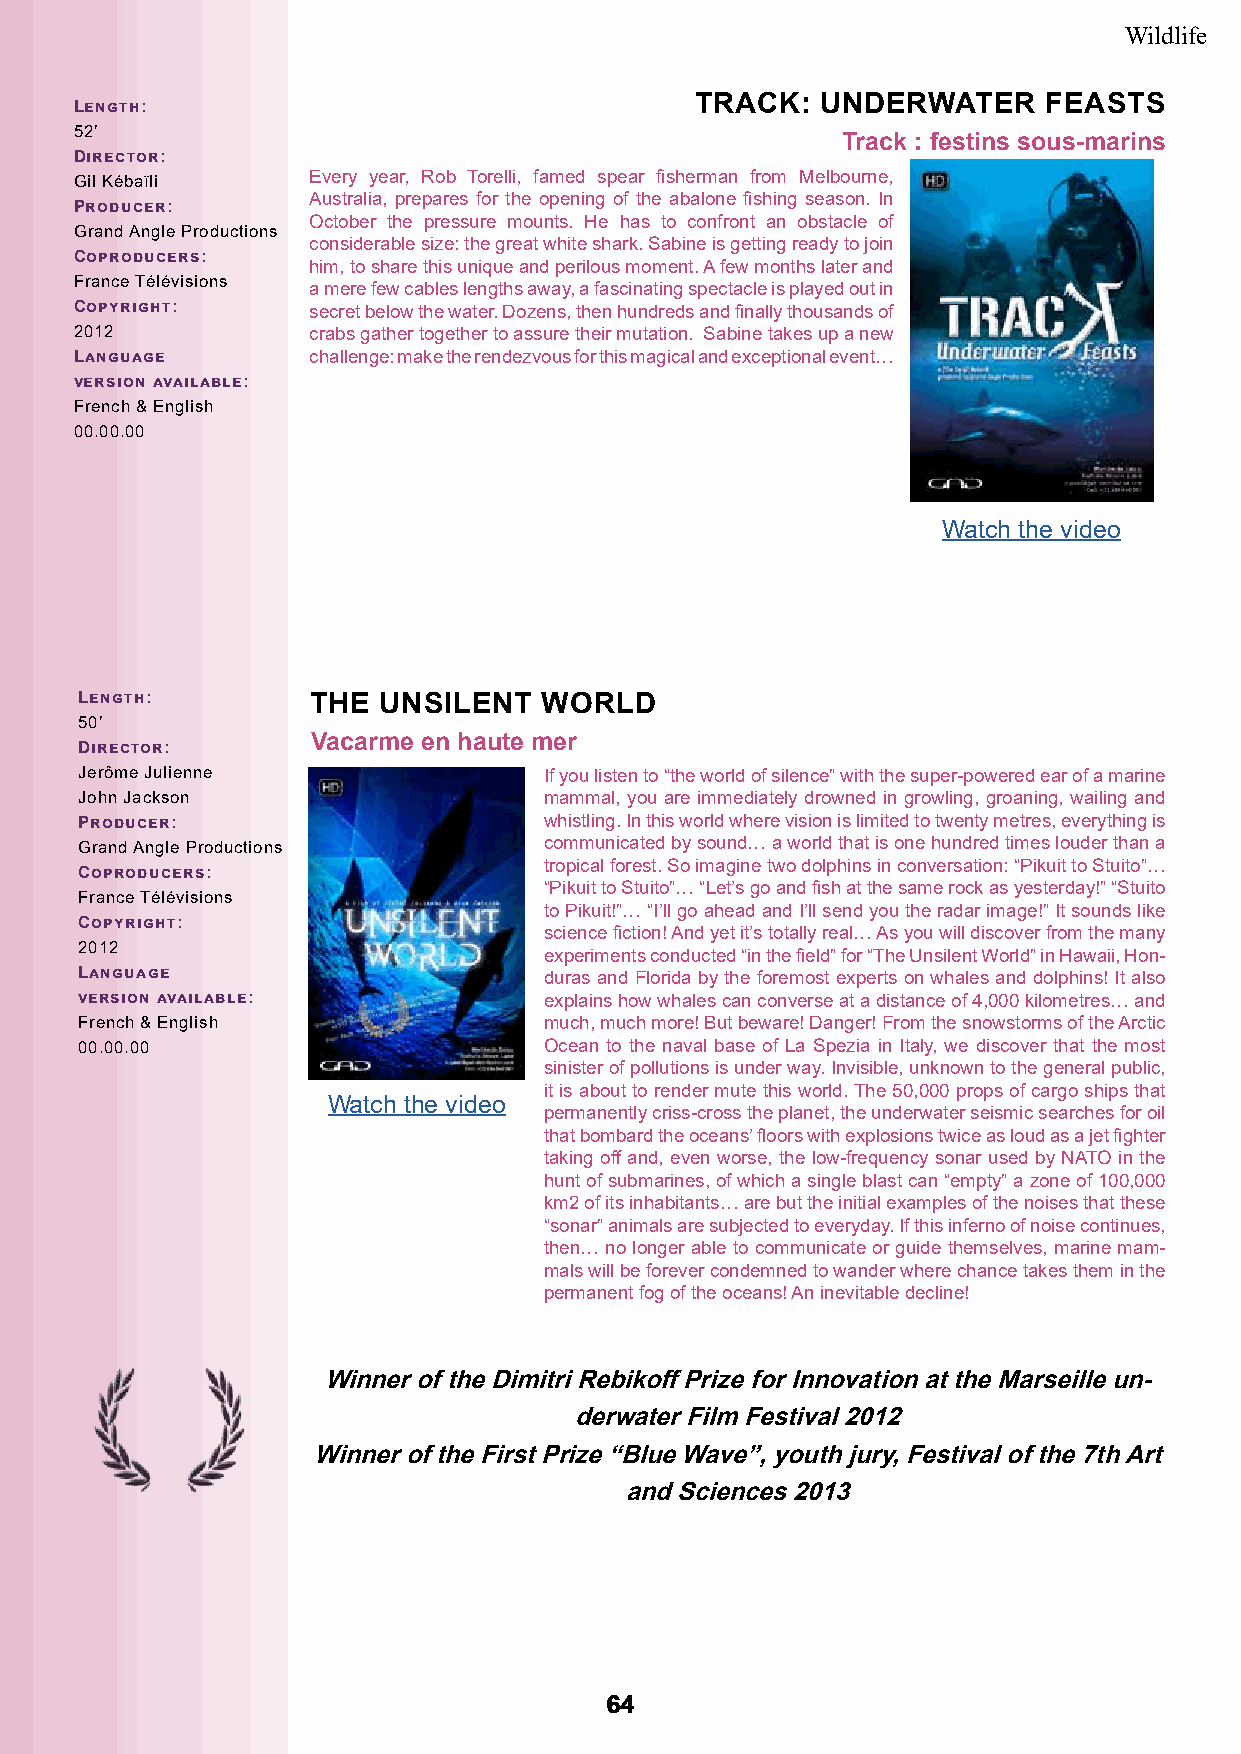
Wildlife
 TRACK:  UNDERWATER     FEASTS
 Length:
 52’
 Track : festins sous-marins
 Director:
 Gil Kébaïli    Every year, Rob Torelli, famed spear fisherman from Melbourne,
 Australia, prepares for the opening of the abalone fishing season. In
 Producer:
 October the pressure mounts. He has to confront an obstacle of
 Grand Angle Productions
 considerable size: the great white shark. Sabine is getting ready to join
 Coproducers:
 him, to share this unique and perilous moment. A few months later and
 France Télévisions
 a mere few cables lengths away, a fascinating spectacle is played out in
 Copyright:     secret below the water. Dozens, then hundreds and finally thousands of
 2012           crabs gather together to assure their mutation. Sabine takes up a new
 Language       challenge: make the rendezvous for this magical and exceptional event…
 version available:
 French & English
 00.00.00
 Watch the video
 Length:        THE  UNSILENT   WORLD
 50’
 Vacarme en haute mer
 Director:
 Jerôme Julienne                If you listen to “the world of silence” with the super-powered ear of a marine
 John Jackson                   mammal, you are immediately drowned in growling, groaning, wailing and
 Producer:                      whistling. In this world where vision is limited to twenty metres, everything is
 Grand Angle Productions        communicated by sound… a world that is one hundred times louder than a
 tropical forest. So imagine two dolphins in conversation: “Pikuit to Stuito”…
 Coproducers:
 “Pikuit to Stuito”… “Let’s go and fish at the same rock as yesterday!” “Stuito
 France Télévisions
 to Pikuit!”… “I’ll go ahead and I’ll send you the radar image!” It sounds like
 Copyright:
 science fiction! And yet it’s totally real… As you will discover from the many
 2012
 experiments conducted “in the field” for “The Unsilent World” in Hawaii, Hon-
 Language                       duras and Florida by the foremost experts on whales and dolphins! It also
 version available:             explains how whales can converse at a distance of 4,000 kilometres… and
 French & English               much, much more! But beware! Danger! From the snowstorms of the Arctic
 00.00.00                       Ocean to the naval base of La Spezia in Italy, we discover that the most
 sinister of pollutions is under way. Invisible, unknown to the general public,
 it is about to render mute this world. The 50,000 props of cargo ships that
 Watch the video
 permanently criss-cross the planet, the underwater seismic searches for oil
 that bombard the oceans’ floors with explosions twice as loud as a jet fighter
 taking off and, even worse, the low-frequency sonar used by NATO in the
 hunt of submarines, of which a single blast can “empty” a zone of 100,000
 km2 of its inhabitants… are but the initial examples of the noises that these
 “sonar” animals are subjected to everyday. If this inferno of noise continues,
 then… no longer able to communicate or guide themselves, marine mam-
 mals will be forever condemned to wander where chance takes them in the
 permanent fog of the oceans! An inevitable decline!
 Winner of the Dimitri Rebikoff Prize for Innovation at the Marseille un-
 derwater Film Festival 2012
 Winner of the First Prize “Blue Wave”, youth jury, Festival of the 7th Art
 and Sciences 2013
 6644